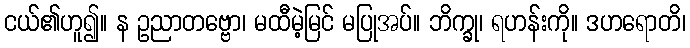
ငယ်၏ဟူ၍။ န ဥညာတဗ္ဗော၊ မထီမဲ့မြင် မပြုအပ်။ ဘိက္ခု၊ ရဟန်းကို။ ဒဟရောတိ၊